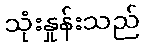
သုံးနှုန်းသည်